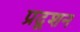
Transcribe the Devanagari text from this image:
प्रदूशन